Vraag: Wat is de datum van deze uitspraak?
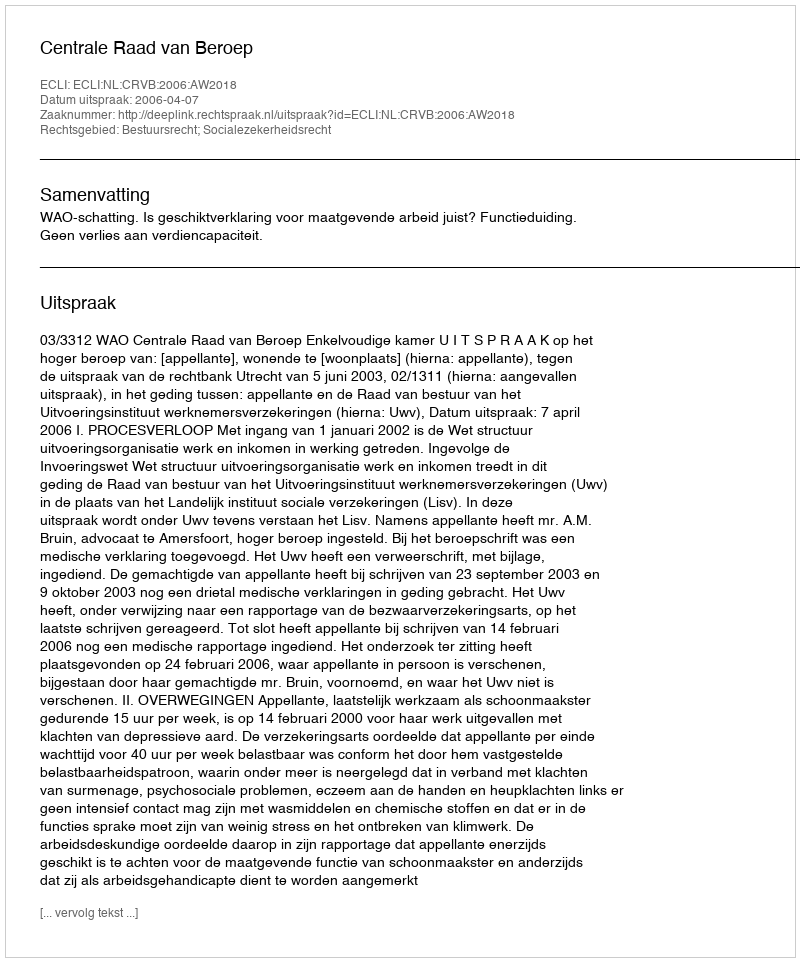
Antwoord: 2006-04-07